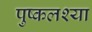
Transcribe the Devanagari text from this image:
पुष्कलश्या